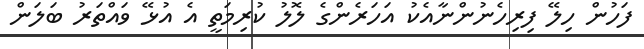
ފަހުން ހިލޭ ފިރިހެނުންނާއެކު އަހަރެންގެ ލޮލު ކުރިމަތީ އެ އުޅޭ ވައްތަރު ބަލަން